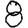
Digit: 8